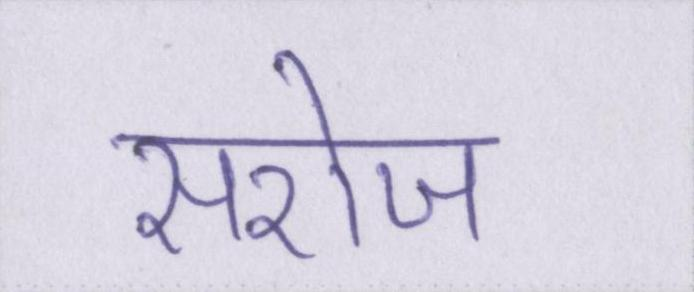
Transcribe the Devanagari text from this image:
सरोज